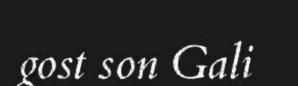
gost son Gali